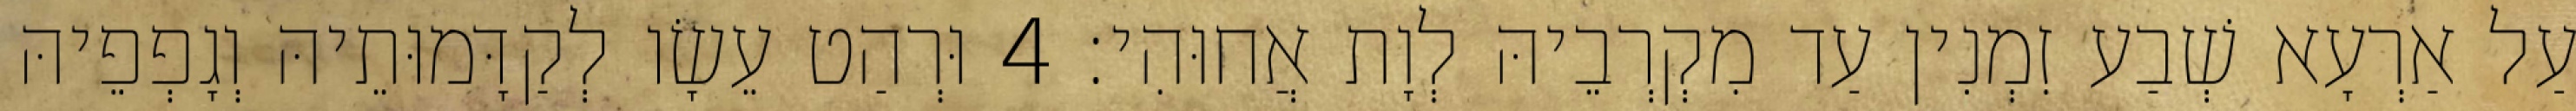
עַל אַרְעָא שְׁבַע זִמְנִין עַד מִקְרְבֵיהּ לְוָת אֲחוּהִי׃ 4 וּרְהַט עֵשָׂו לְקַדָּמוּתֵיהּ וְגָפְפֵיהּ